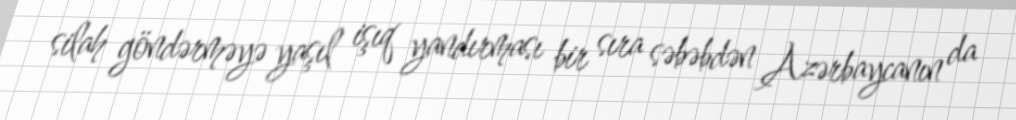
silah göndərməyə yaşıl işıq yandırması bir sıra səbəbdən Azərbaycanın da